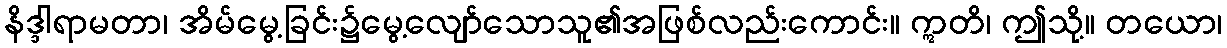
နိဒ္ဒါရာမတာ၊ အိမ်မွေ့ခြင်း၌မွေ့လျော်သောသူ၏အဖြစ်လည်းကောင်း။ ဣတိ၊ ဤသို့။ တယော၊